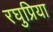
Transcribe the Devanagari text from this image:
रघुप्रिया